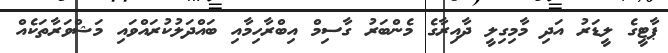
ޕާޓީގެ ލީޑަރު އަދި މާމިގިލީ ދާއިރާގެ މެންބަރު ގާސިމް އިބްރާހިމާއި ބައްދަލުކުރައްވައި މަޝްވަރާތަކެއް